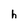
Character: h